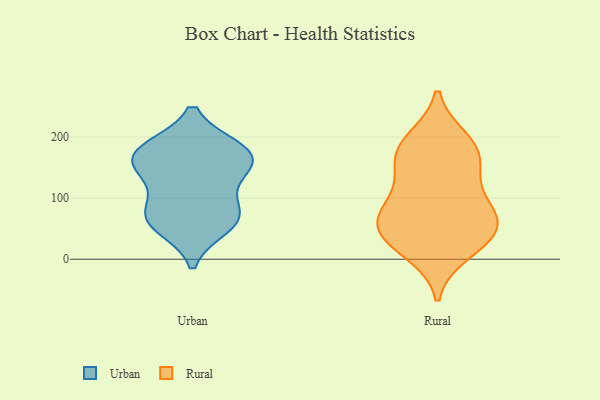
{"axis": {"x": "Headcount", "y": "Value"}, "legend": ["Rural", "Urban"], "data": [{"x": "", "y": 162, "type": "Urban"}, {"x": "", "y": 77, "type": "Urban"}, {"x": "", "y": 180, "type": "Urban"}, {"x": "", "y": 149, "type": "Urban"}, {"x": "", "y": 176, "type": "Urban"}, {"x": "", "y": 131, "type": "Urban"}, {"x": "", "y": 54, "type": "Urban"}, {"x": "", "y": 68, "type": "Urban"}, {"x": "", "y": 71, "type": "Urban"}, {"x": "", "y": 177, "type": "Urban"}, {"x": "", "y": 47, "type": "Rural"}, {"x": "", "y": 193, "type": "Rural"}, {"x": "", "y": 77, "type": "Rural"}, {"x": "", "y": 161, "type": "Rural"}, {"x": "", "y": 64, "type": "Rural"}, {"x": "", "y": 182, "type": "Rural"}, {"x": "", "y": 120, "type": "Rural"}, {"x": "", "y": 35, "type": "Rural"}, {"x": "", "y": 44, "type": "Rural"}, {"x": "", "y": 82, "type": "Rural"}, {"x": "", "y": 14, "type": "Rural"}, {"x": "", "y": 168, "type": "Rural"}]}